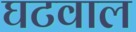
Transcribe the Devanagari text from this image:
घटवाल